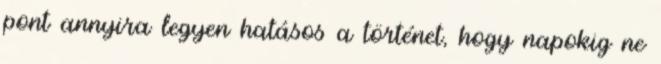
pont annyira legyen hatásos a történet, hogy napokig ne